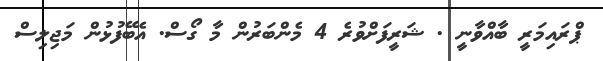
ޕްރައިމަރީ ބާއްވާނީ . ޝަރީފަށްވުރެ 4 މެންބަރުން މާ ގޯސް. އެބޭފުޅުން މަޖިލިސް